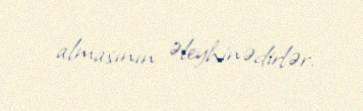
almasının əleyhinədirlər.